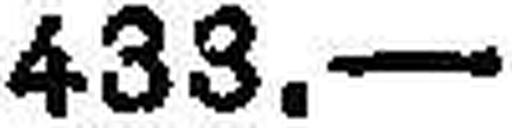
433.—